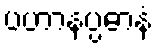
ပဟာနပ္ပဓာနံ